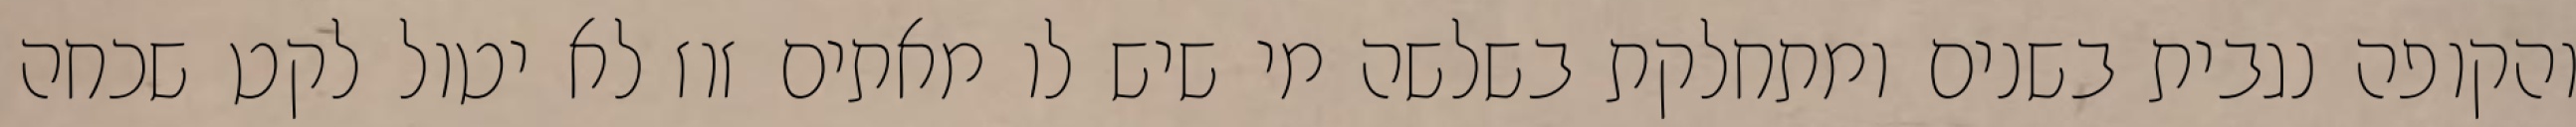
והקופה נגבית בשנים ומתחלקת בשלשה מי שיש לו מאתים זוז לא יטול לקט שכחה